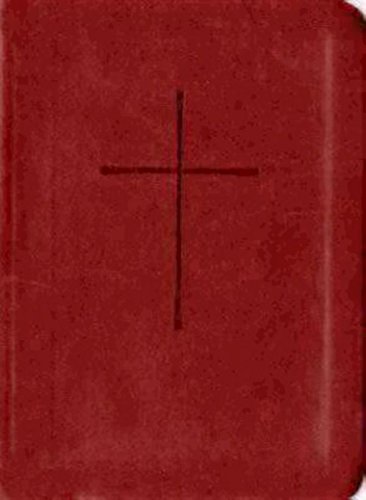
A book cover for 1979 Book of Common Prayer: Red Vivella; Church Publishing; Christian Books & Bibles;